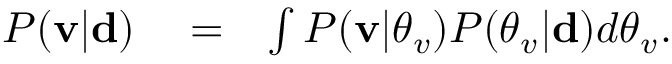
\begin{array} { r l r } { P ( { \bf v } | \mathbf { d } ) } & { { } = } & { \int P ( { \bf v } | \boldsymbol { \theta } _ { v } ) P ( \boldsymbol { \theta } _ { v } | \mathbf { d } ) d \boldsymbol { \theta } _ { v } . } \end{array}